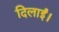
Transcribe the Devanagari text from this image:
दिलाईं।